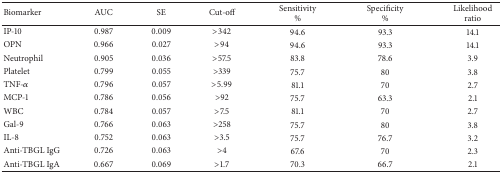
| Biomarker | AUC | SE | Cut-off | Sensitivity % | Specificity % | Likelihood ratio |
 | --- | --- | --- | --- | --- | --- | --- |
 | IP-10 | 0.987 | 0.009 | >342 | 94.6 | 93.3 | 14.1 |
 | OPN | 0.966 | 0.027 | >94 | 94.6 | 93.3 | 14.1 |
 | Neutrophil | 0.905 | 0.036 | >57.5 | 83.8 | 78.6 | 3.9 |
 | Platelet | 0.799 | 0.055 | >339 | 75.7 | 80 | 3.8 |
 | TNF-α | 0.796 | 0.057 | >5.99 | 81.1 | 70 | 2.7 |
 | MCP-1 | 0.786 | 0.056 | >92 | 75.7 | 63.3 | 2.1 |
 | WBC | 0.784 | 0.057 | >7.5 | 81.1 | 70 | 2.7 |
 | Gal-9 | 0.766 | 0.063 | >258 | 75.7 | 80 | 3.8 |
 | IL-8 | 0.752 | 0.063 | >3.5 | 75.7 | 76.7 | 3.2 |
 | Anti-TBGL IgG | 0.726 | 0.063 | >4 | 67.6 | 70 | 2.3 |
 | Anti-TBGL IgA | 0.667 | 0.069 | >1.7 | 70.3 | 66.7 | 2.1 |